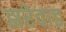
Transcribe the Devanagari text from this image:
झरेवाड